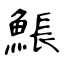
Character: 𩸕